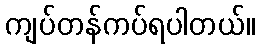
ကျပ်တန်ကပ်ရပါတယ်။